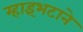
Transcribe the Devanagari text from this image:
म्हाइंभटाने